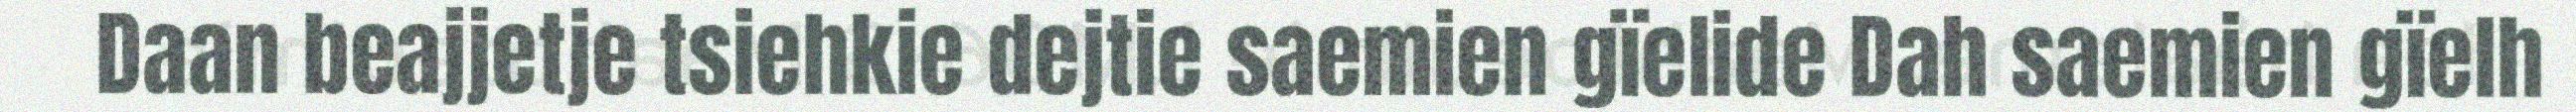
Daan beajjetje tsiehkie dejtie saemien gïelide Dah saemien gïelh